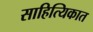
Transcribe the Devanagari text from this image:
साहित्यिकात